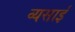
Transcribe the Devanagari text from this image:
व्यसाई